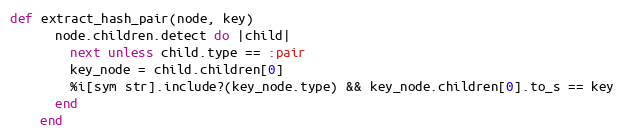
Language: Ruby
def extract_hash_pair(node, key)
      node.children.detect do |child|
        next unless child.type == :pair
        key_node = child.children[0]
        %i[sym str].include?(key_node.type) && key_node.children[0].to_s == key
      end
    end